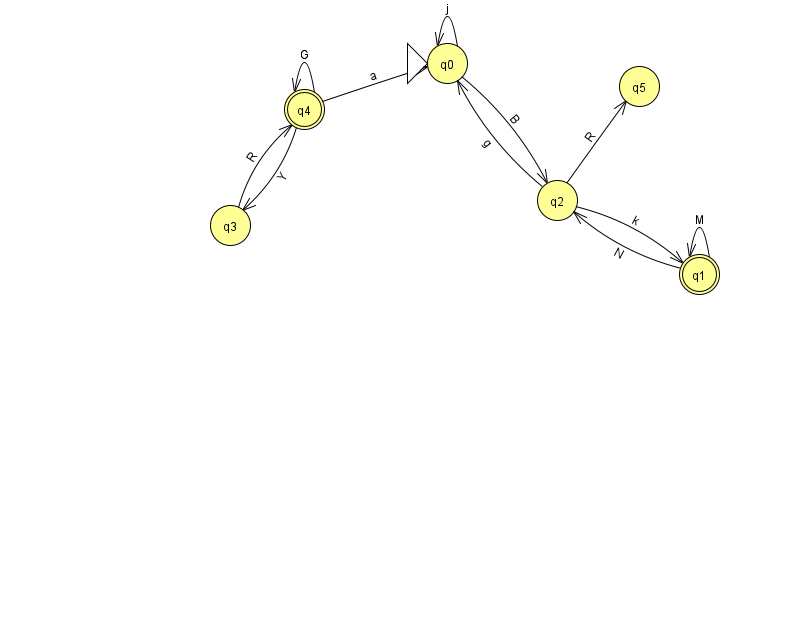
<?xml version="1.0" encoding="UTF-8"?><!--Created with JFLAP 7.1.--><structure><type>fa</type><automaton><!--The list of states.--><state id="0" name="q0"><x>447.0</x><y>50.0</y><initial/></state><state id="1" name="q1"><x>699.0</x><y>261.0</y><final/></state><state id="2" name="q2"><x>557.0</x><y>187.0</y></state><state id="3" name="q3"><x>230.0</x><y>212.0</y></state><state id="4" name="q4"><x>304.0</x><y>96.0</y><final/></state><state id="5" name="q5"><x>639.0</x><y>73.0</y></state><!--The list of transitions.--><transition><from>0</from><to>2</to><read>B</read></transition><transition><from>2</from><to>1</to><read>k</read></transition><transition><from>4</from><to>3</to><read>Y</read></transition><transition><from>2</from><to>0</to><read>g</read></transition><transition><from>2</from><to>5</to><read>R</read></transition><transition><from>1</from><to>2</to><read>N</read></transition><transition><from>4</from><to>4</to><read>G</read></transition><transition><from>3</from><to>4</to><read>R</read></transition><transition><from>0</from><to>0</to><read>j</read></transition><transition><from>1</from><to>1</to><read>M</read></transition><transition><from>4</from><to>0</to><read>a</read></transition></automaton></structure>